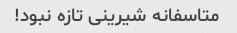
متاسفانه شیرینی تازه نبود!